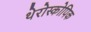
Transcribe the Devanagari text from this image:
थेरोस्कोपिक